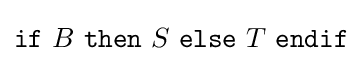
{\texttt {if}}\ B\ {\texttt {then}}\ S\ {\texttt {else}}\ T\ {\texttt {endif}}